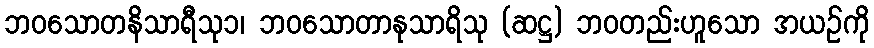
ဘဝသောတနိသာရီသု၁၊ ဘဝသောတာနုသာရိသု (ဆဋ္ဌ) ဘဝတည်းဟူသော အယဉ်ကို